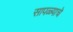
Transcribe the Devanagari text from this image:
सापळ्याचे